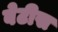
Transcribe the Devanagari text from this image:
बेटीस